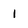
Character: 1